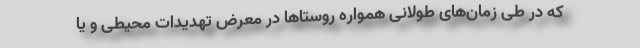
که در طی زمان‌های طولانی همواره روستاها در معرض تهدیدات محیطی و یا